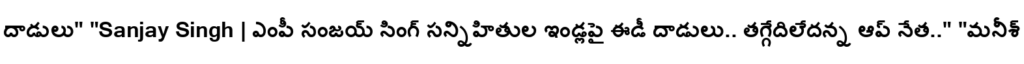
దాడులు" "Sanjay Singh | ఎంపీ సంజయ్ సింగ్ సన్నిహితుల ఇండ్లపై ఈడీ దాడులు.. తగ్గేదిలేదన్న ఆప్ నేత.." "మనీశ్